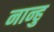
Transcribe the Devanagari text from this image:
नान्हु